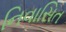
નિવાસિત